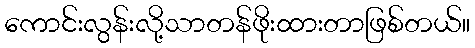
ကောင်းလွန်းလို့သာတန်ဖိုးထားတာဖြစ်တယ်။